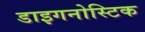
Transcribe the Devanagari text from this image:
डाइगनोस्टिक